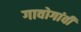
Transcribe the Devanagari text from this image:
गावोगांवी